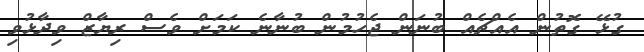
ގުޅޭ ގޮތުން އެއްޗެއް ބުނަން ޖެހުމުން ބުނާނެ ކަމަށް ވެސް ރިޔާޒް ވިދާޅުވި